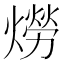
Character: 𤏪